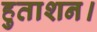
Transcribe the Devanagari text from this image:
हुताशन।